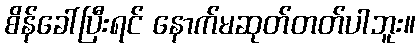
စိန်ခေါ်ပြီးရင် နောက်မဆုတ်တတ်ပါဘူး။